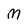
Character: M